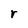
Character: r